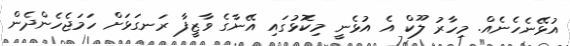
އުޅޭނެހެނެއް. މިހާރު ލޫކް އެ އުޅެނީ މިކޮޅުގައި އޭނާގެ ވާޒީފާ ރަނގަޅަށް ހަމަޖެހެންދެން